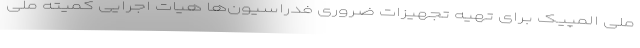
ملی المپیک برای تهیه تجهیزات ضروری فدراسیون‌ها هیات اجرایی کمیته ملی